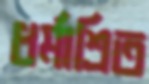
ধর্মাশ্রিত